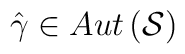
\hat{\gamma }\in Aut\left( \mathcal{S}\right)